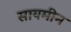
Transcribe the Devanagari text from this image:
सायमीन